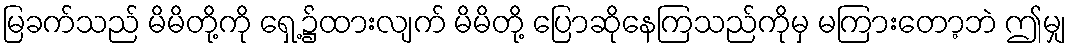
မြခက်သည် မိမိတို့ကို ရှေ့၌ထားလျက် မိမိတို့ ပြောဆိုနေကြသည်ကိုမှ မကြားတော့ဘဲ ဤမျှ